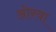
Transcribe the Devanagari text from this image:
ओरवा